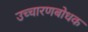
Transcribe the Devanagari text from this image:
उच्चारणबोधक